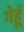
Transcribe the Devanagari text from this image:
गेहॅू